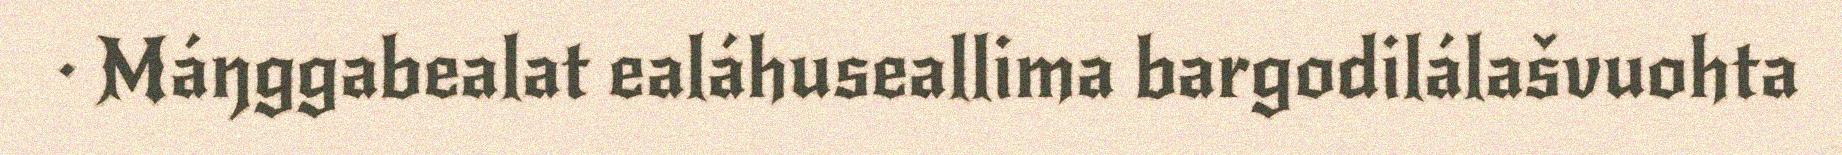
· Máŋggabealat ealáhuseallima bargodilálašvuohta